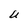
Character: U